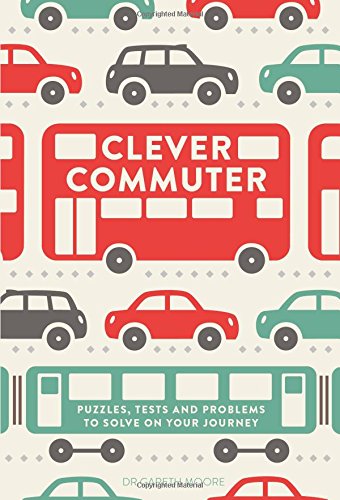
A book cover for Clever Commuter: Puzzles, Tests and Problems to Solve on Your Journey; Gareth Moore; Humor & Entertainment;